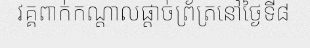
វគ្គពាក់កណ្តាលផ្តាច់ព្រ័ត្រនៅថ្ងៃទី៨